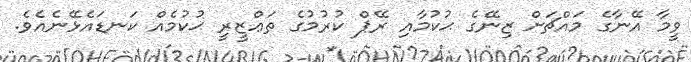
ވީމާ އޭނާގެ މައްޗަށް ޒިނޭގެ ޙުކުމާއި ރޭޕް ކުރުމުގެ ތަޢްޒީރީ ޙުކުމެއް ކަނޑައެޅޭނެއެވެ.